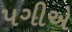
પગીએ